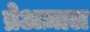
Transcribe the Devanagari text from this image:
ब्रेअज़ाल